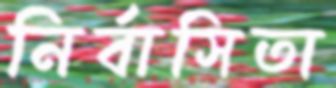
নির্বাসিতা